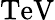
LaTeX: \mathrm{TeV}